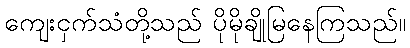
ကျေးငှက်သံတို့သည် ပိုမိုချိုမြနေကြသည်။